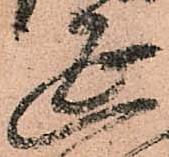
延